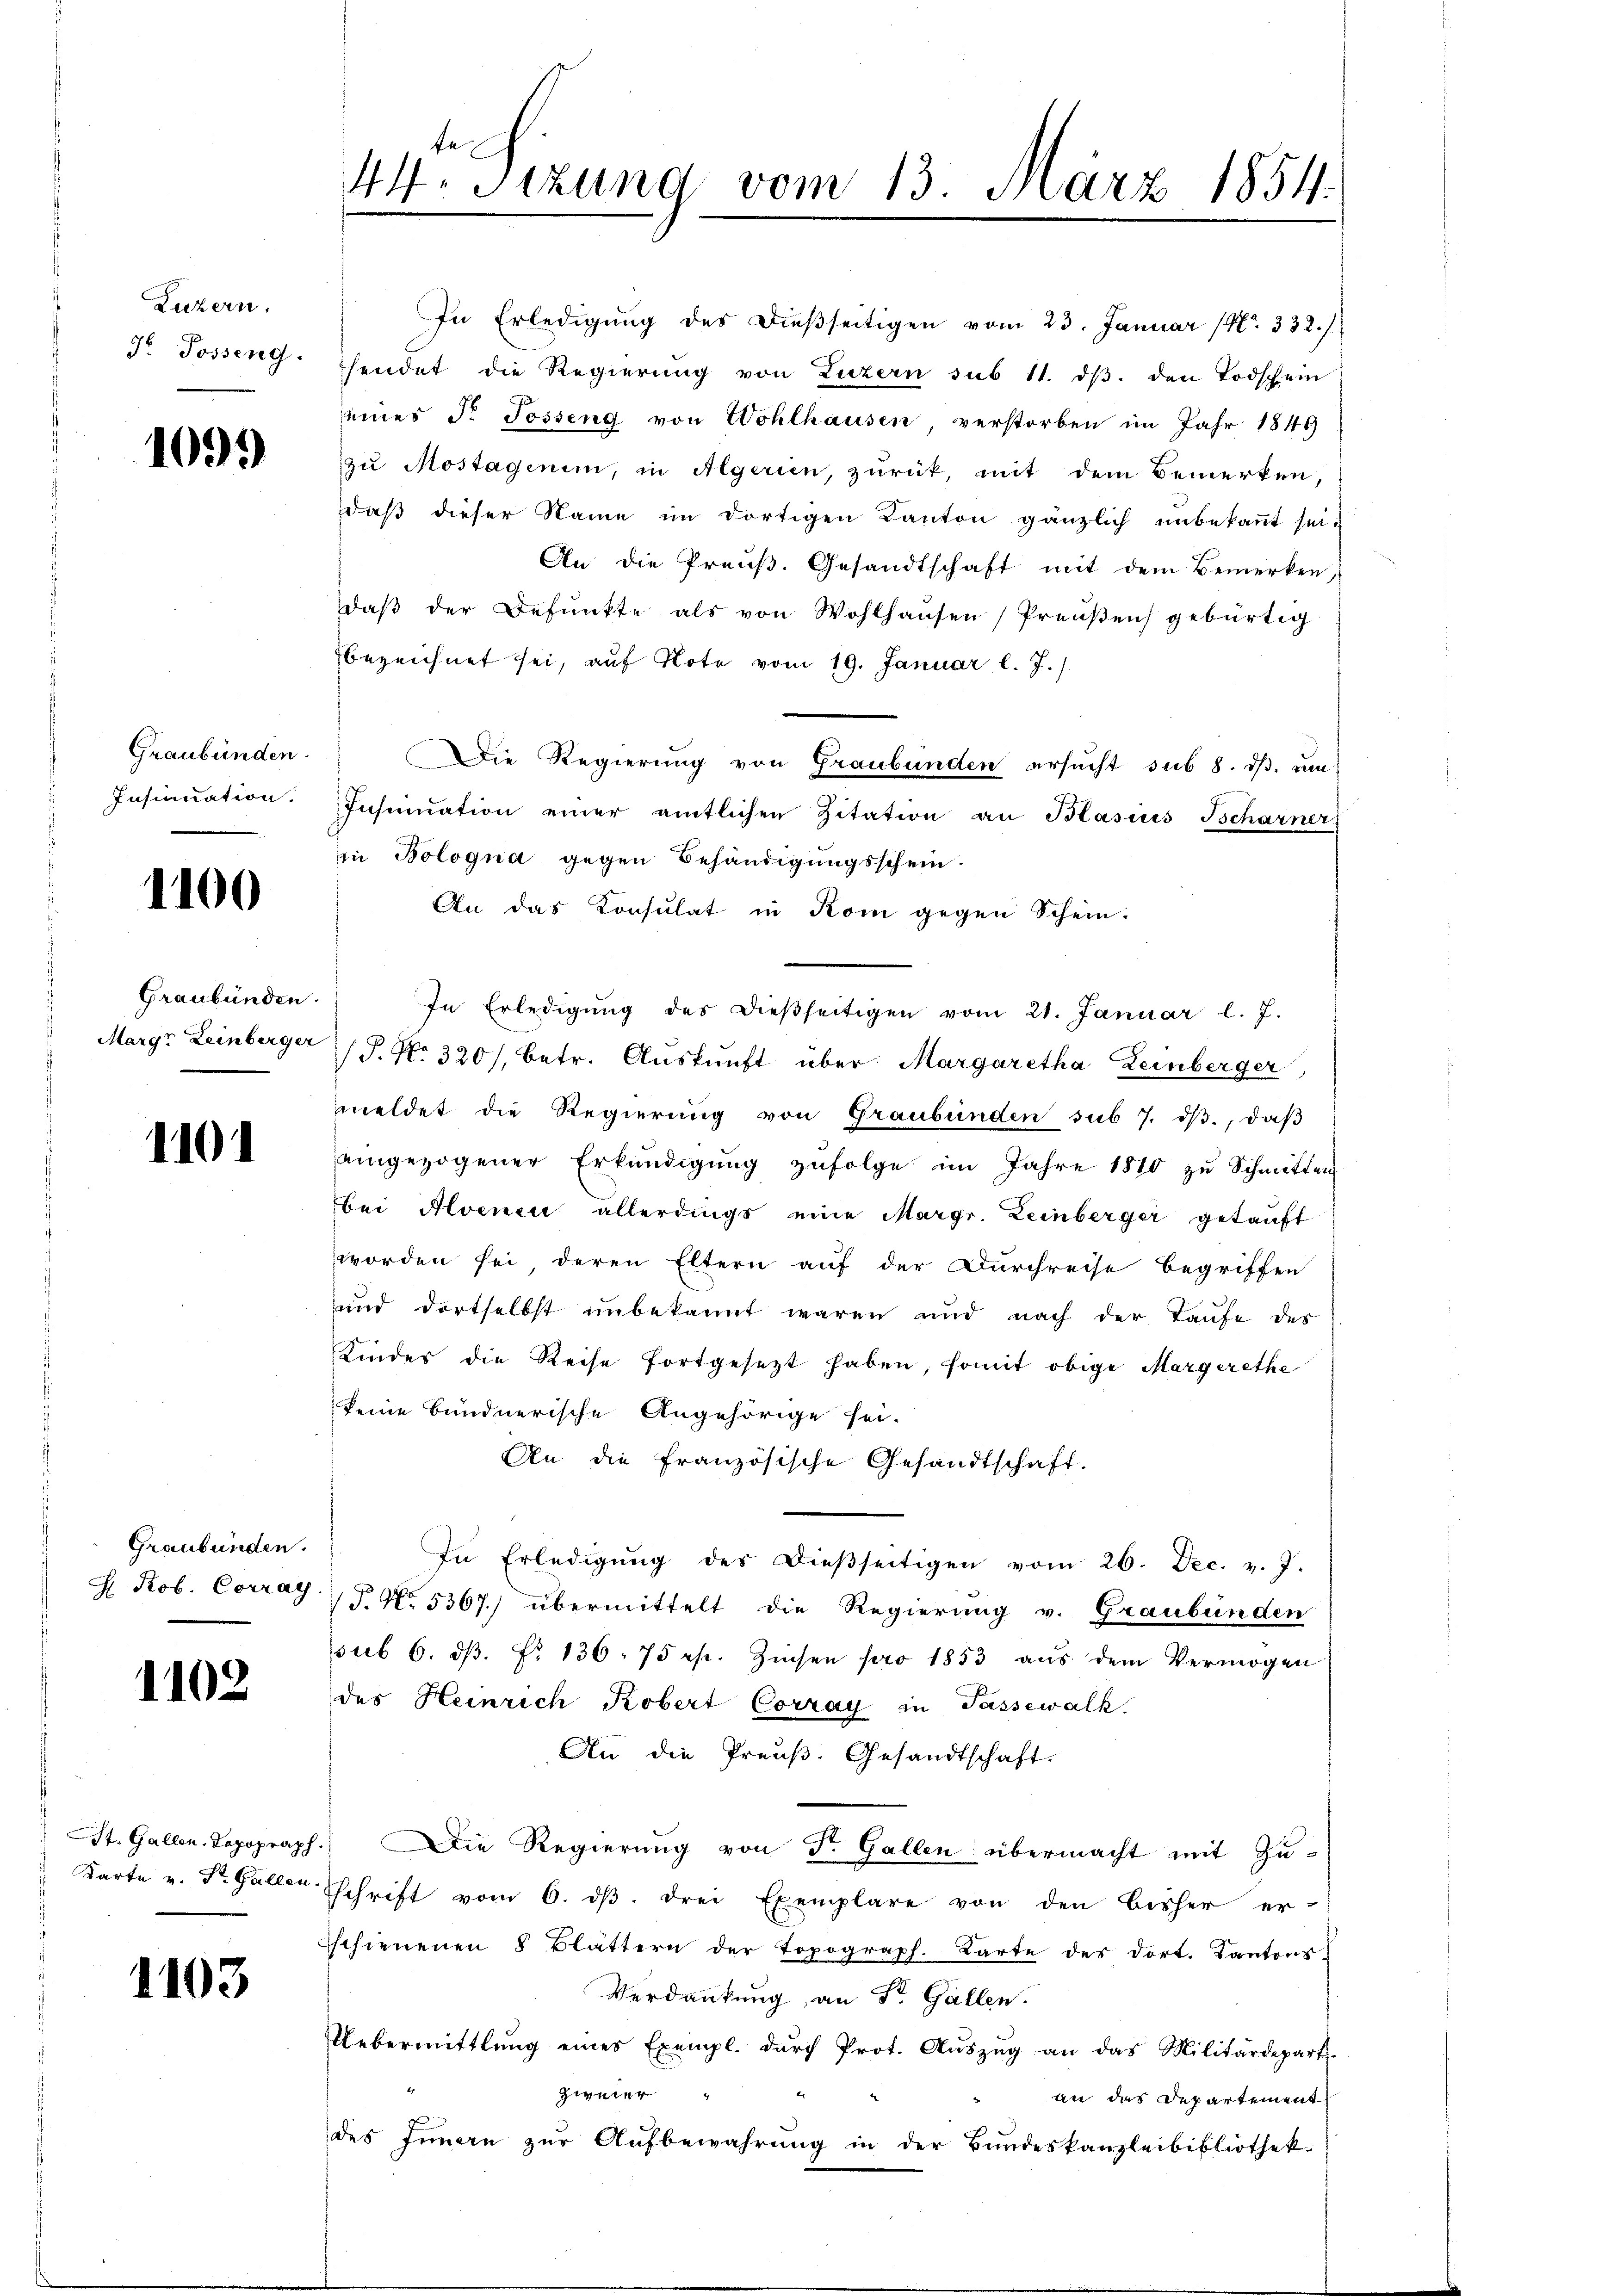
Luzern.
F. Posseng.

1099

Graubünden.
Insinuation.

1100

Graubünden.

1101

Graubünden.

1102

1103

te
44. Sizung vom 13. März 1854.

In Erledigung des dießseitigen vom 23. Januar (Nr. 332./
sendet die Regierŭng von Luzern sub 11. dβ. den Todschein
seines Fr. Josseng von Wohlhausen verstorben im Jahr 1849
zu Mostagenem, in Algerien, zurück, mit dem Bemerken,
daß dieser Name im dortigen Kanton gänzlich unbekannt sei¬
An die Preuß. Gesandtschaft mit dem Bemerken,
Daβ der Befŭnkte als von Wohlhaŭsen Preŭβen gebürtig
bezeichnet sei, auf Note vom 19. Januar l. J.)
Die Regierung von Graubünden ersucht sub 8. ds. un
Insinuation einer amtlichen Zitation an Blasius Tscharner
zu Bologna gegen Behändigungsschein.
An das Konsulat in Kom gegen Schein.
In Erledigŭng des dießseitigen vom 21. Januar l. J.
Margr Leinberger J. No. 320), betr. Aŭskŭnft über Margaretha Leinberger
meldet die Regierung von Graubünden sub 7. dβ, daβ
eingezogener Erkundigŭng zŭfolge im Jahre 1810 zu Schmitten
bei Alvenen allerdings eine Margr. Zeinberger getauft
worden sei deren Eltern auf der Durchreise begriffen
und dortselbst unbekannt waren und nach der Taufe des
Kindes die Reise fortgesetzt haben, somit obige Margerethe
keine bundnerische Angehörige sei.
An die französische Gesandtschaft.
In Erledigŭng des Dieβseitigen vom 26. Dec. v. J.
H. Rob. Corray.  P. No. 5367.) übermittelt die Regierung v. Graubünden
sub 6. dβ. Nr. 136. 75 rp. Zinsen pro 1853 aŭs dem Vermögen
des Heinrich Kobert Corray in Tassewalk.
An die Preuß. Gesandtschaft.
 St. Gallen. Topograph.) Die Regierung von St. Gallen übermacht mit Zu¬
Karte v. St. Galler Schrift vom 6. dβ. drei Exemplare von den bisher er-
Eschienenen 8 Blättern der Topograph. Karte des dort. Kantons
Verdankung, an St. Gallen.
Uebermittlung eines Exempl. dŭrch Prot. Aŭszŭg an das Militärdepart.
Zweier
an das Departement
des Innern zur Aufbewahrung in der Bundeskanzleibibliothek.